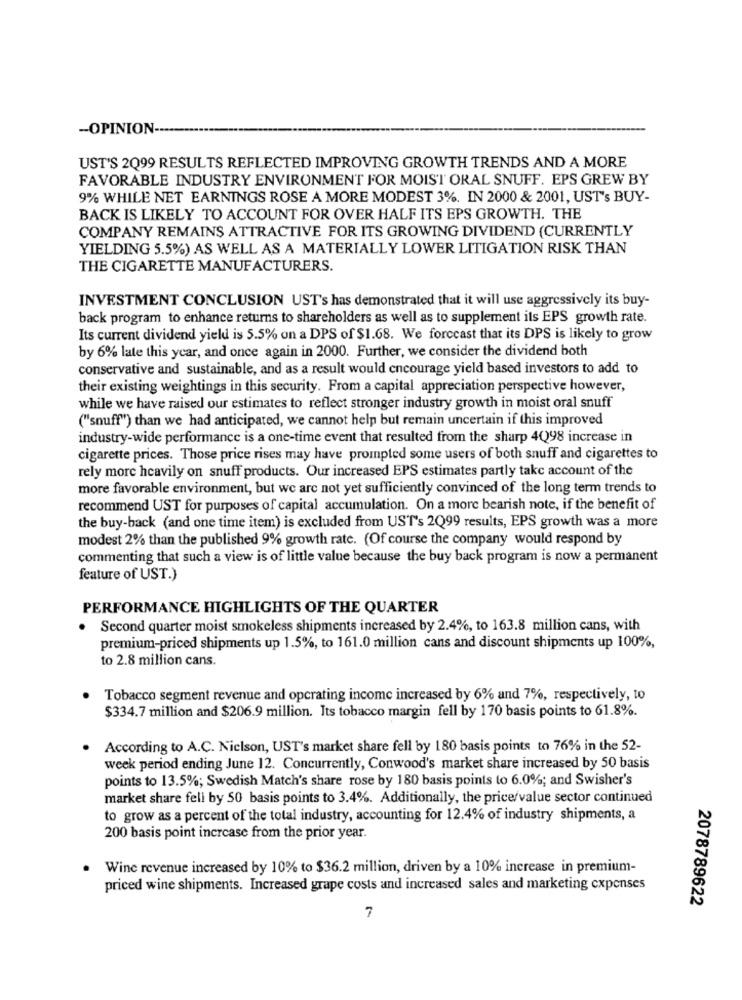
-OPINION-
UST'S 2Q99 RESULTS REFLECTED IMPROVING GROWTH TRENDS AND A MORE
FAVORABLE INDUSTRY ENVIRONMENT FOR MOIST ORAL SNUFF. EPS GREW BY
9% WHILE NET EARNINGS ROSE A MORE MODEST 3%. IN 2000 & 2001, UST's BUY-
BACK IS LIKELY TO ACCOUNT FOR OVER HALF ITS EPS GROWTH. THE
COMPANY REMAINS ATTRACTIVE FOR ITS GROWING DIVIDEND (CURRENTLY
YIELDING 5.5%) AS WELL AS A MATERIALLY LOWER LITIGATION RISK THAN
THE CIGARETTE MANUFACTURERS.
INVESTMENT CONCLUSION UST's has demonstrated that it will use aggressively its buy-
back program to enhance returns to shareholders as well as to supplement ils EPS growth rate.
Its current dividend yield is 5.5% on a DPS of $1.68. We forecast that its DPS is likely to grow
by 6% late this year, and once again in 2000. Further, we consider the dividend both
conservative and sustainable, and as a result would encourage yield based investors to add to
their existing weightings in this security. From a capital appreciation perspective however,
while we have raised our estimates to reflect stronger industry growth in moist oral snuff
("snuff") than we had anticipated, we cannot help but remain uncertain if this improved
industry-wide performance is a one-time event that resulted from the sharp 4Q98 increase in
cigarette prices. Those price rises may have prompted some users of both snuff and cigarettes to
rely more heavily on snuff products. Our increased EPS estimates partly takc account of the
more favorable environment, but we are not yet sufficiently convinced of the long term trends to
recommend UST for purposes of capital accumulation. On a more bearish note, if the benefit of
the buy-back (and one time item) is excluded from US'T's 2Q99 results, EPS growth was a more
modest 2% than the published 9% growth rate. (Of course the company would respond by
commenting that such a view is of little value because the buy back program is now a permanent
feature of UST.)
PERFORMANCE HIGHLIGHTS OF THE QUARTER
Second quarter moist smokeless shipments increased by 2.4%, to 163.8 million cans, with
premium-priced shipments up 1.5%, to 161.0 million cans and discount shipments up 100%,
to 2.8 million cans.
Tobacco segment revenue and operating income increased by 6% and 7%, respectively, to
$334.7 million and $206.9 million. Its tobacco margin fell by 170 basis points to 61.8%.
According to A.C. Nielson, UST's market share fell by 180 basis points to 76% in the 52-
week period ending June 12. Concurrently, Conwood's market share increased by 50 basis
points to 13.5%; Swedish Match's share rose by 180 basis points to 6.0%; and Swisher's
market share fell by 50 basis points to 3.4%. Additionally, the price/value sector continued
to grow as a percent of the total industry, accounting for 12.4% of industry shipments, a
200 basis point increase from the prior year.
Wine revenue increased by 10% to $36.2 million, driven by a 10% increase in premium-
priced wine shipments. Increased grape costs and increased sales and marketing expenses
2078789622
7